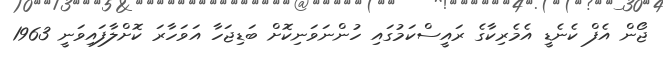
ޖޯން އެފް ކެނެޑީ އެމެރިކާގެ ރައީސްކަމުގައި ހުންނަވަނިކޮށް ބަޑިޖަހާ އަވަހާރަ ކޮށްލާފައިވަނީ 1963